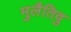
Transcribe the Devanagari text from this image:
मुलैतिवु